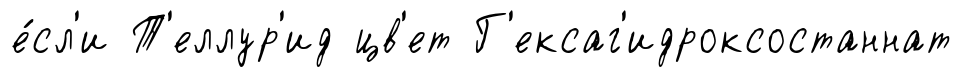
е́сл'и Т'еллур'ид цв'ет Г'ексаг'идроксостаннат